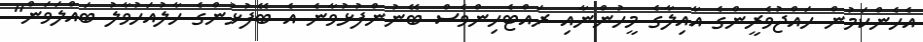
އެހެންކަމުން ހައްޖުވެރީންގެ އާއިލާގެ މީހުންނާއި ރައްޓެހިންވެސް ބޭނުންފުޅުވާނެ އެ ބޭފުޅުންގެ ހާލުއަހުވާލު ބައްލަވަން"